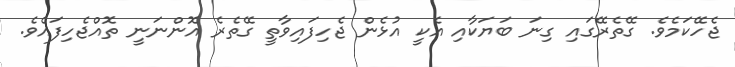
ޖެހޭކަމެވެ. ގޭތެރޭގައި ގިނަ ބަޔަކާއި އެކީ އުޅެން ޖެހިފައިވާތީ ގޭތެރެ އޮންނަނީ ތޮއްޖެހިފައެވެ.